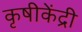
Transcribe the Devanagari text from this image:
कृषीकेंद्री